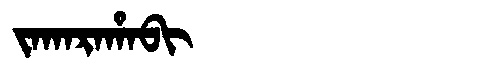
Manchu: ᠵᠠᡴᠠᡵᠠᡥᠠᠪᡳ
Romanization: JAKARAHABI